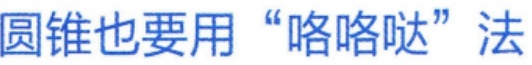
圆锥也要用“咯咯哒”法